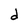
Character: d